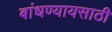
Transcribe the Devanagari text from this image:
बांधण्यायसाठी